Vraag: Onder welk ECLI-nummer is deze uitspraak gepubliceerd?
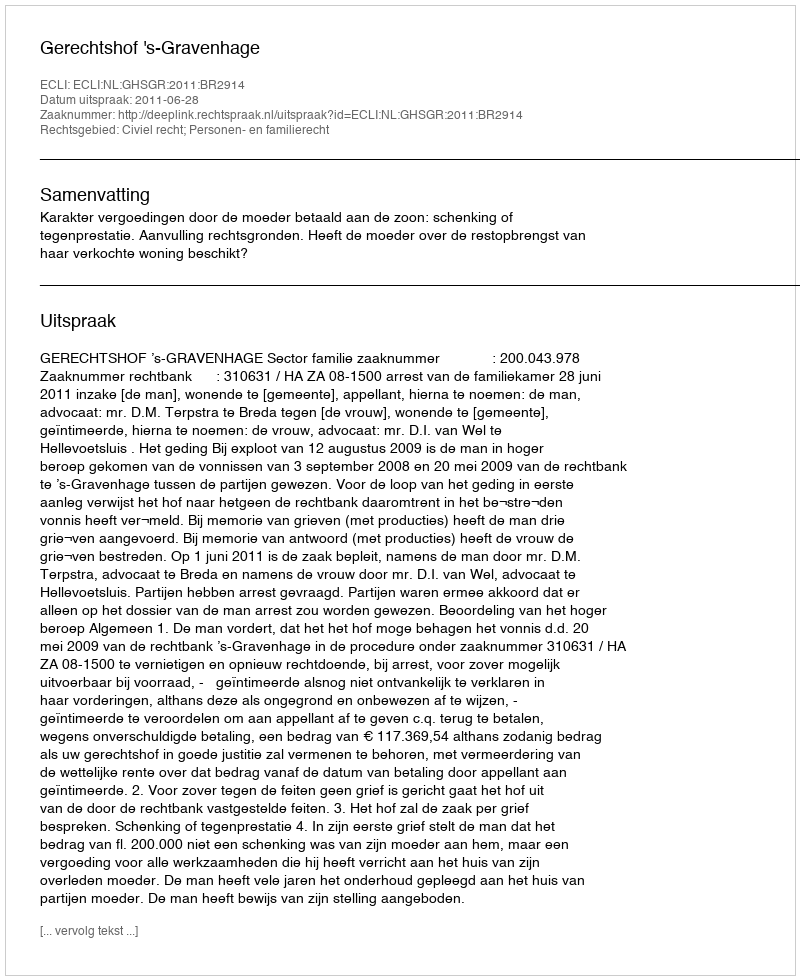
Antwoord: ECLI:NL:GHSGR:2011:BR2914